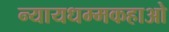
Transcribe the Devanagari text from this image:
न्यायधम्मकहाओ